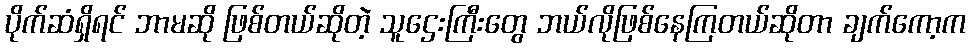
ပိုက်ဆံရှိရင် ဘာမဆို ဖြစ်တယ်ဆိုတဲ့ သူဌေးကြီးတွေ ဘယ်လိုဖြစ်နေကြတယ်ဆိုတာ ချက်ကော့က